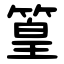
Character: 篁